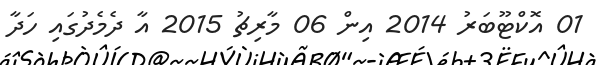
01 އޮކްޓޫބަރު 2014 އިން 06 މާރިޗު 2015 އާ ދެމެދުގައި ހަދާ